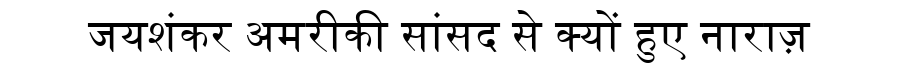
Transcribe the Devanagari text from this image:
जयशंकर अमरीकी सांसद से क्यों हुए नाराज़